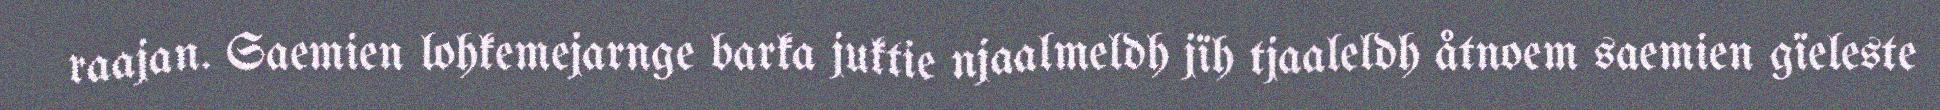
raajan. Saemien lohkemejarnge barka juktie njaalmeldh jïh tjaaleldh åtnoem saemien gïeleste